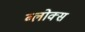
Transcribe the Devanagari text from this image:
ब्लोक्स